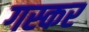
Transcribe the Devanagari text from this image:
गस्कर